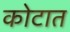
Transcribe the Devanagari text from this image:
कोटात